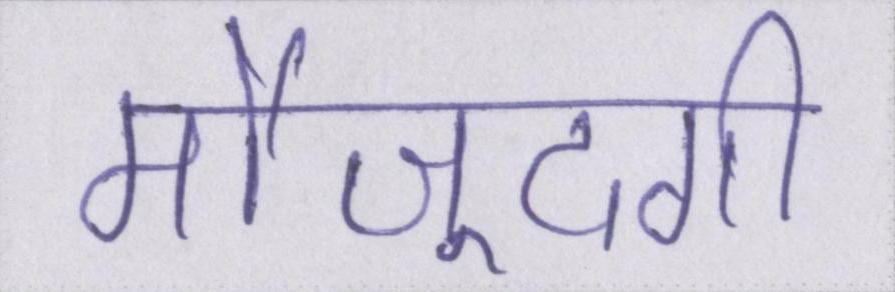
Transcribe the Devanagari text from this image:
मौजूदगी